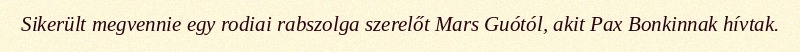
Sikerült megvennie egy rodiai rabszolga szerelőt Mars Guótól, akit Pax Bonkinnak hívtak.